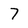
Character: 7